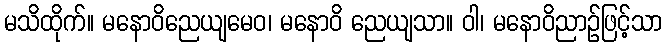
မသိထိုက်။ မနောဝိညေယျမေဝ၊ မနောဝိ ညေယျသာ။ ဝါ၊ မနောဝိညာဉ်ဖြင့်သာ